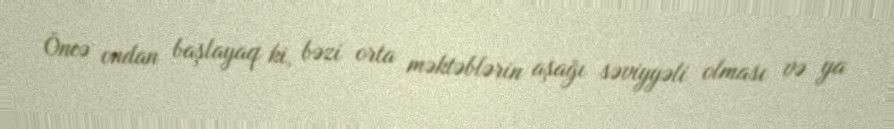
Öncə ondan başlayaq ki, bəzi orta məktəblərin aşağı səviyyəli olması və ya